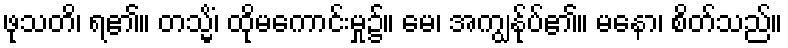
ဖုသတိ၊ ရ၏။ တသ္မိံ၊ ထိုမကောင်းမှု၌။ မေ၊ အကျွန်ုပ်၏။ မနော၊ စိတ်သည်။